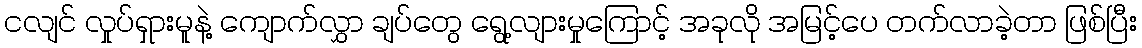
ငလျင် လှုပ်ရှားမူနဲ့ ကျောက်လွှာ ချပ်တွေ ရွေ့လျားမှုကြောင့် အခုလို အမြင့်ပေ တက်လာခဲ့တာ ဖြစ်ပြီး